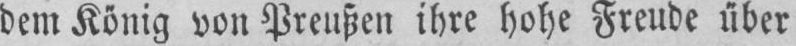
dem König von Preußen ihre hohe Freude über